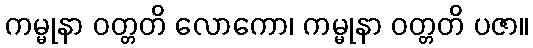
ကမ္မုနာ ဝတ္တတိ လောကော၊ ကမ္မုနာ ဝတ္တတိ ပဇာ။